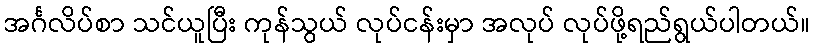
အင်္ဂလိပ်စာ သင်ယူပြီး ကုန်သွယ် လုပ်ငန်းမှာ အလုပ် လုပ်ဖို့ရည်ရွယ်ပါတယ်။